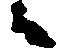
候